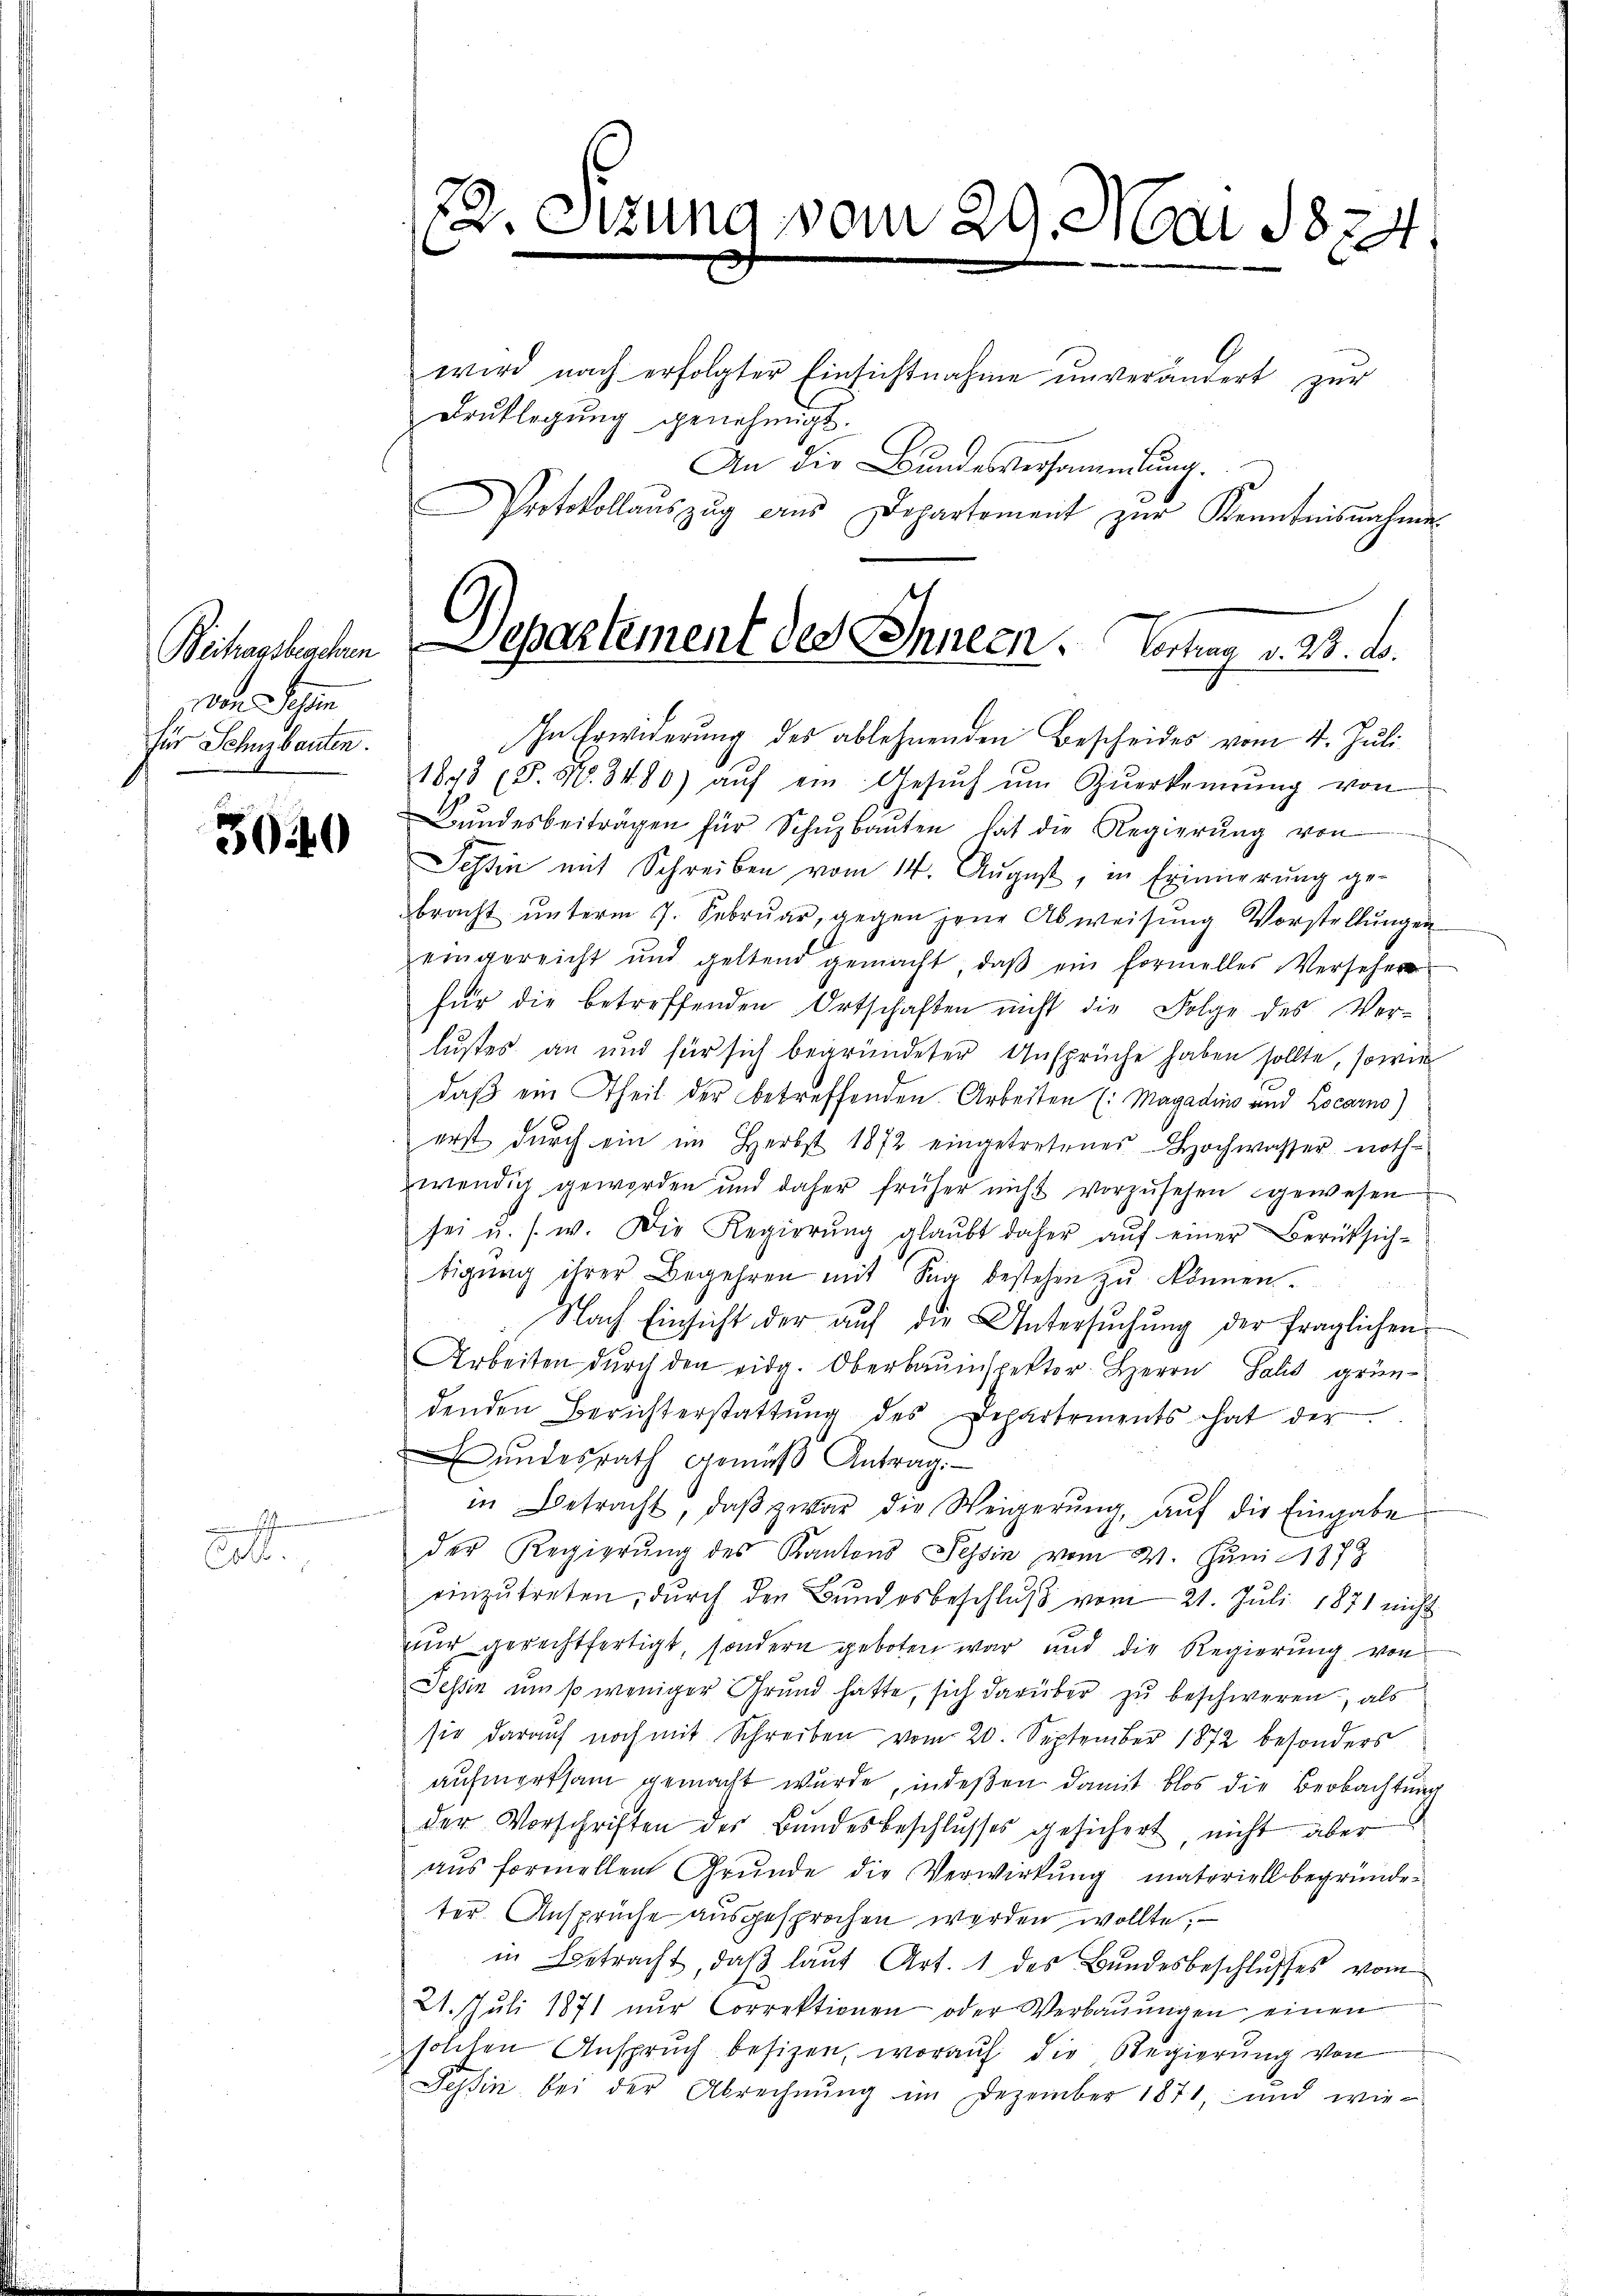
von Segen
für Schuzbauten.

3040

Coll.

12. Sitzung vom 29. 2160. 1874

Beihansbachen Separtement des Innern. Vertrag v. 23. d.

wird nach erfolgter Einsichtnahme unverändert zur
Drŭklegŭng genehmigt.
An die Bundesversammlung.
Protokollaŭszŭg ains Departement zŭr Kenntnisnahme
In Erwiderung des ablehnenden Bescheides vom 4. Juli
1843 (S. Nr. 3480) aŭf ein Gesŭch ŭm Zŭerkennung von
Bŭndesbeiträgen für Schŭzbaŭten hat die Regierŭng von
Tessin mit Schreiben vom 14. August, in Erinnerung ge-
bracht ŭnterm 7. Febrŭar, gegen jene Abweisŭng Vorstellŭngen
eingereicht und geltend gemacht, daβ ein formelles Versehen
für die betreffenden Ortschaften nicht die Folge des Ver-
lustes an und für sich begründeter Ansprüche haben sollte, sowie
daß ein Theil der betreffenden Arbeiten (: Magadins und Locarno)
erst dŭrch ein im Herbst 1872 eingetretenes Hochwasser noth-
wendig geworden und daher früher nicht vorzusehen gewesen
sei u. s. w. Die Regierŭng glaŭbt daher aŭf einer Berüksich-
tigŭng ihrer Begehren mit Sie bestehen zŭ können.
Nach Einsicht der aŭf die Untersŭchŭng der fraglichen
Arbeiten dŭrch den eidg. Oberbauinspektor Herrn Salis gründenden Berichterstattŭng des Departements hat der
ŭndesrath gemäβ Antrag:
in Betracht, daβ zwar die Weigerung, auf die Eingabe
der Regierŭng des Kantons Tessin vom 4. Juni 1878
einzŭtreten, dŭrch den Bŭndesbeschlŭβ vom 21. Juli 1871 nicht
nur gerechtfertigt, sondern geboten war und die Regierung von
Tessin um so weniger Grund hatte, sich darüber zu beschweren, als
sie darauf noch mit Schreiben vom 20. September 1872 besonders
aufmerksam gemacht wurde, indeßen damit blos die Beobachtung
der Vorschriften der Bandesbeschlusses gesichert, nicht aber
aus formellen Grunde die Verwirkung materiell begründeter. Ansprüche ausgesprochen werden wollte,
in Betracht, daβ laŭt Art. 1 des Bundesbeschlŭsses vom
21. Juli 1871 nŭr Correktionen oder Verbauungen einen
solchen Anspruch besizen, worauf die Regierung von
Tessin bei der Abrechnŭng im Dezember 1871, und wie-